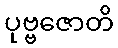
ပုဗ္ဗဇောတိ